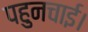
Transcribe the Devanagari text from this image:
पहुनचाई।